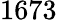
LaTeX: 1673